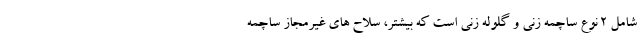
شامل ۲ نوع ساچمه زنی و گلوله زنی است که بیشتر، سلاح های غیرمجاز ساچمه